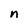
Character: n